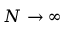
N \rightarrow \infty